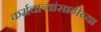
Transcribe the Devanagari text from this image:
कर्मचार्‍यांसाठीच्या